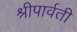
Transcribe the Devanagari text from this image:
श्रीपार्वती